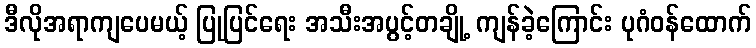
ဒီလိုအရာကျပေမယ့် ပြုပြင်ရေး အသီးအပွင့်တချို့ ကျန်ခဲ့ကြောင်း ပုဂံဝန်ထောက်